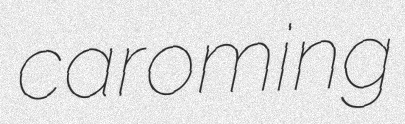
caroming